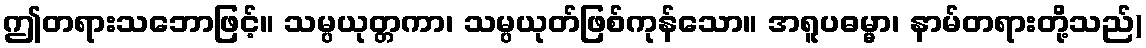
ဤတရားသဘောဖြင့်။ သမ္ပယုတ္တကာ၊ သမ္ပယုတ်ဖြစ်ကုန်သော။ အရူပဓမ္မာ၊ နာမ်တရားတို့သည်)